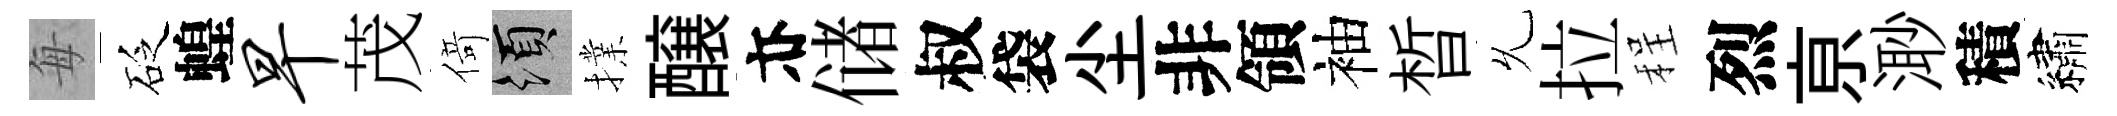
每砭蝗早茂𠋣須擈醸亦储叔袋尘非領袖晳𠃔拉程烈亰𣺌積繡